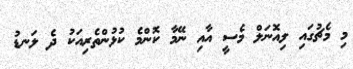
މި މެޗުގައި ލިއޮނަލް މެސީ އާއި ނޭމާ ކޮންމެ ކުޅުންތެރިއަކު ދެ ލަނޑު